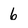
Character: 6